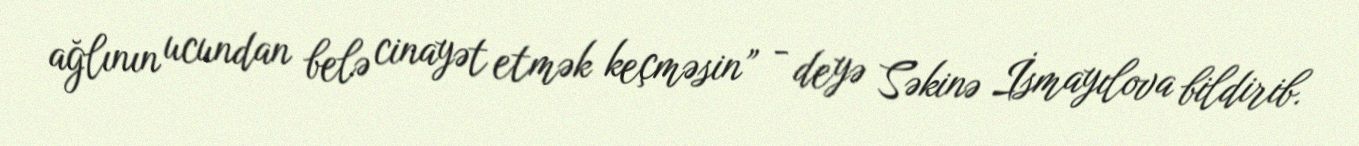
ağlının ucundan belə cinayət etmək keçməsin” - deyə Səkinə İsmayılova bildirib.